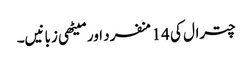
چترال کی 14 منفرد اور میٹھی زبانیں۔